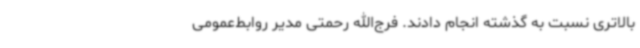
بالاتری نسبت به گذشته انجام دادند. فرج‌الله رحمتی مدیر روابط‌عمومی